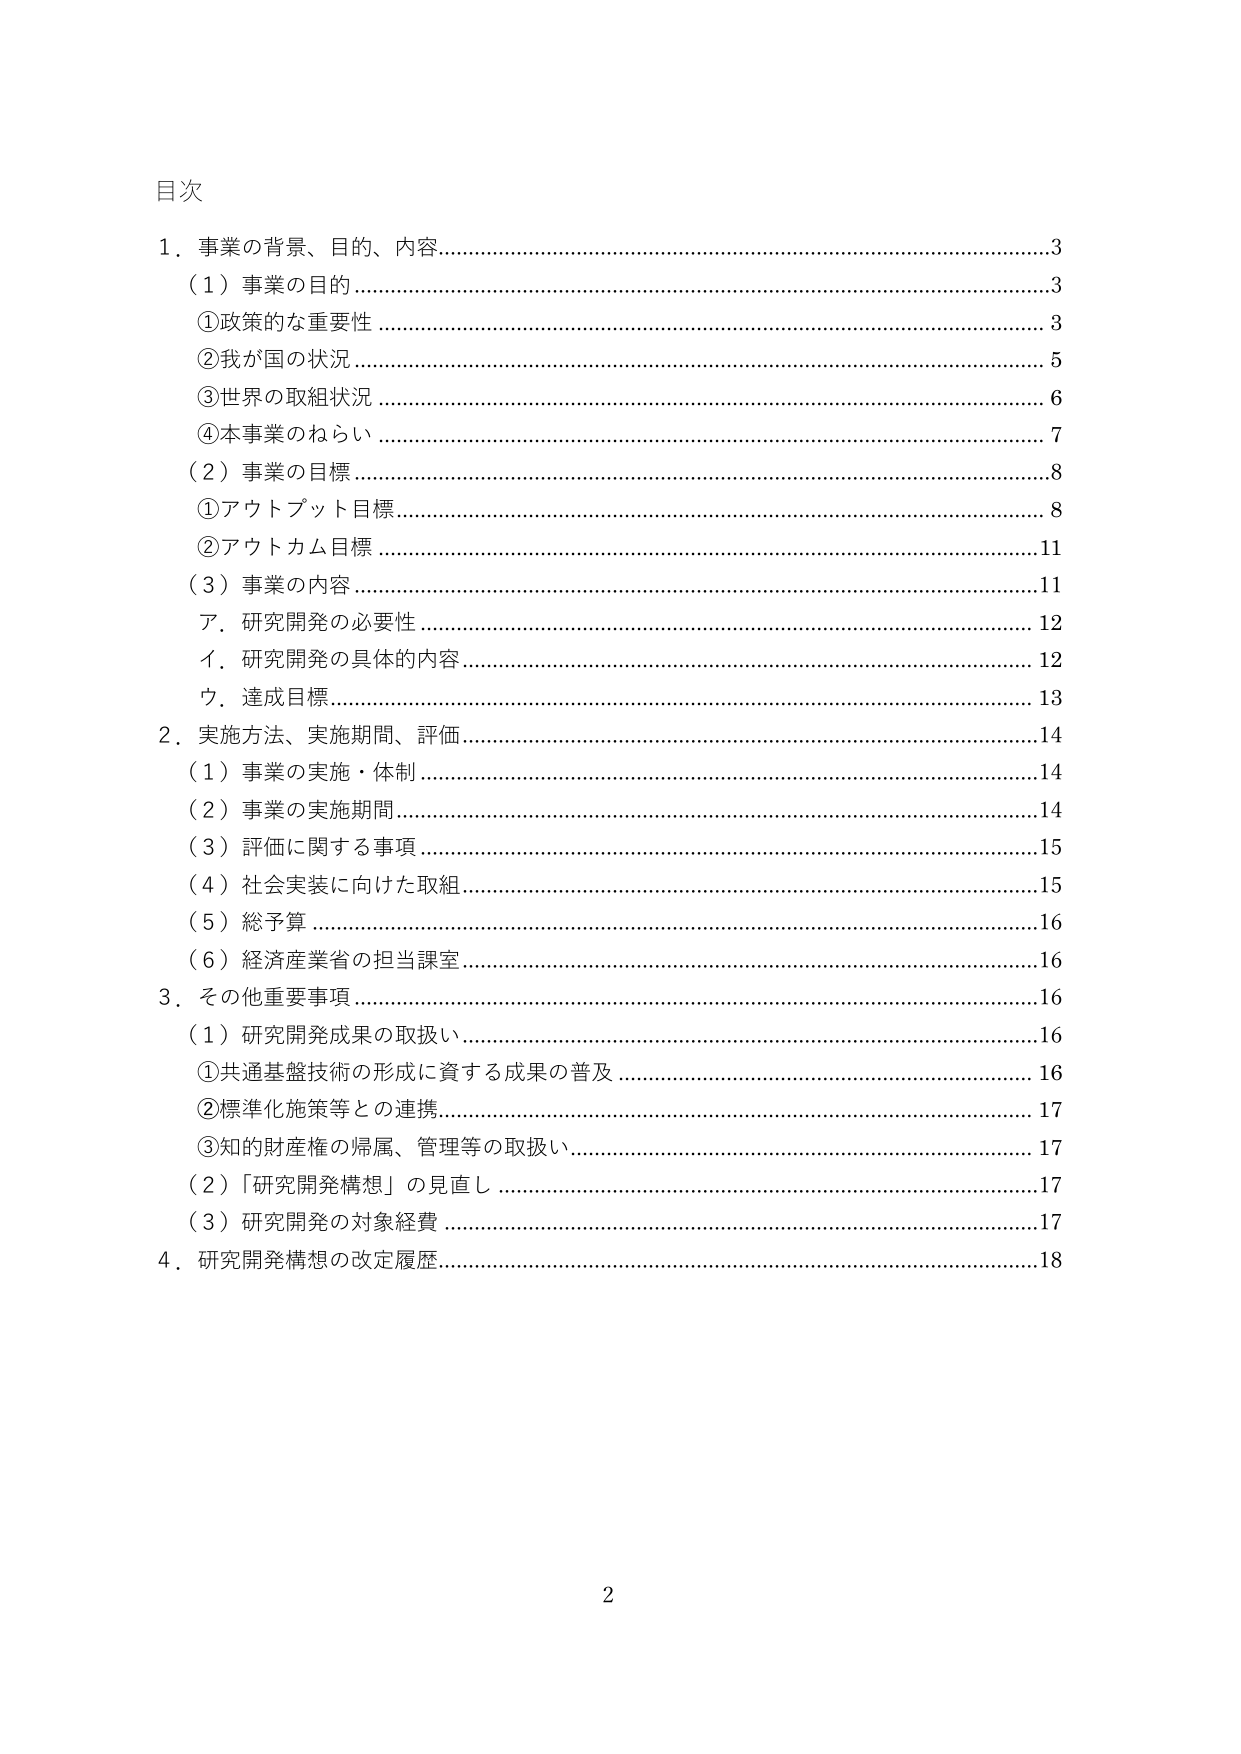
目次

1．事業の背景、目的、内容……………………………………………………………3
　（1）事業の目的 ………………………………………………………………………3
　　①政策的な重要性 …………………………………………………………………3
　　②我が国の状況 ……………………………………………………………………5
　　③世界の取組状況 …………………………………………………………………6
　　④本事業のねらい …………………………………………………………………7
　（2）事業の目標 ………………………………………………………………………8
　　①アウトプット目標 ………………………………………………………………8
　　②アウトカム目標 ………………………………………………………………11
　（3）事業の内容 ……………………………………………………………………11
　　ア．研究開発の必要性 …………………………………………………………12
　　イ．研究開発の具体的內容 ……………………………………………………12
　　ウ．達成目標 ……………………………………………………………………13

2．実施方法、実施期間、評価………………………………………………………14
　（1）事業の実施・体制 ……………………………………………………………14
　（2）事業の実施期間 ………………………………………………………………14
　（3）評価に関する事項 ……………………………………………………………15
　（4）社会実装に向けた取組 ………………………………………………………15
　（5）総予算 …………………………………………………………………………16
　（6）経済産業省の担当課室 ………………………………………………………16

3．その他重要事項 …………………………………………………………………16
　（1）研究開発成果の取扱い ………………………………………………………16
　　①共通基盤技術の形成に資する成果の普及 …………………………………16
　　②標準化施策等との連携 ………………………………………………………17
　　③知的財産権の帰属、管理等の取扱い ………………………………………17
　（2）「研究開発構想」の見直し …………………………………………………17
　（3）研究開発の対象経費 …………………………………………………………17

4．研究開発構想の改定履歴 ………………………………………………………18

2